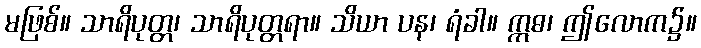
မဖြစ်။ သာရိပုတ္တ၊ သာရိပုတ္တရာ။ သိယာ ပန၊ ရံခါ။ ဣဓ၊ ဤလောက၌။